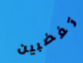
تغضبين